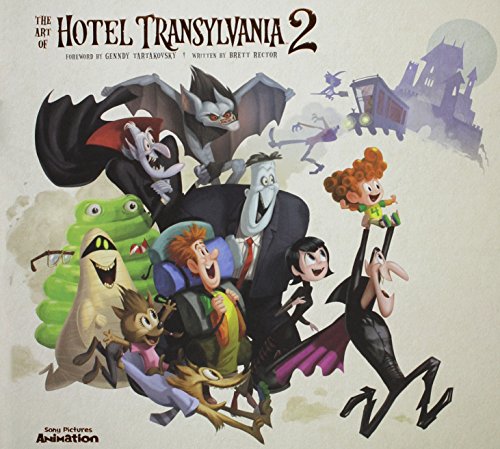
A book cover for The Art of Hotel Transylvania 2; Brett Rector; Humor & Entertainment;